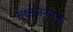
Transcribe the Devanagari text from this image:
सूक्ष्मजंतुमुक्त